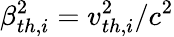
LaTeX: \beta_{th,i}^{2}=v_{th,i}^{2}/c^{2}